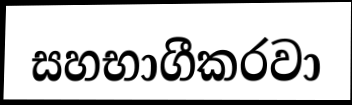
සහභාගීකරවා